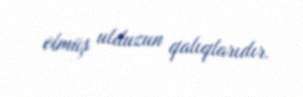
ölmüş ulduzun qalıqlarıdır.